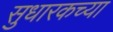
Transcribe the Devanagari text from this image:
सुधारकच्या